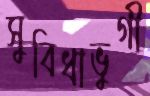
সুবিধাভুগী